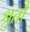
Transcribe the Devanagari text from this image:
श्रुतौ